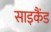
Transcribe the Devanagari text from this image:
साइकैंड